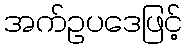
အက်ဥပဒေဖြင့်